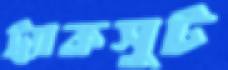
ট্র্যাকসুট